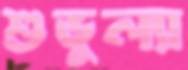
শুভুল্যা